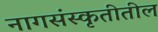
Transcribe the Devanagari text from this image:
नागसंस्कृतीतील